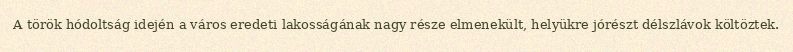
A török hódoltság idején a város eredeti lakosságának nagy része elmenekült, helyükre jórészt délszlávok költöztek.